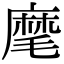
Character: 麾